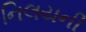
નિલયની